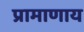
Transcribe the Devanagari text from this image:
प्रामाणाय